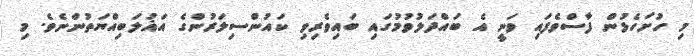
މި ހުށަހެޅުން ފާސްވެފައި ވަނީ އެ ބައްދަލުވުމުގައި ބައިވެރިވި ކައުންސިލަރުންގެ އަޣުލަބިއްޔަތުންނެވެ. މި